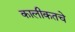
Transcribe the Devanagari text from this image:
कालीकतचे